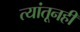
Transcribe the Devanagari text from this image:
त्यांतूनही